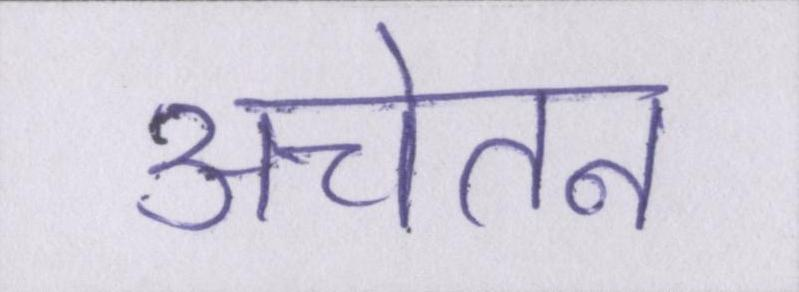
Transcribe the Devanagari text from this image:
अचेतन